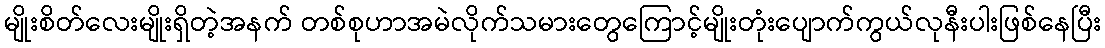
မျိုးစိတ်လေးမျိုးရှိတဲ့အနက် တစ်စုဟာအမဲလိုက်သမားတွေကြောင့်မျိုးတုံးပျောက်ကွယ်လုနီးပါးဖြစ်နေပြီး